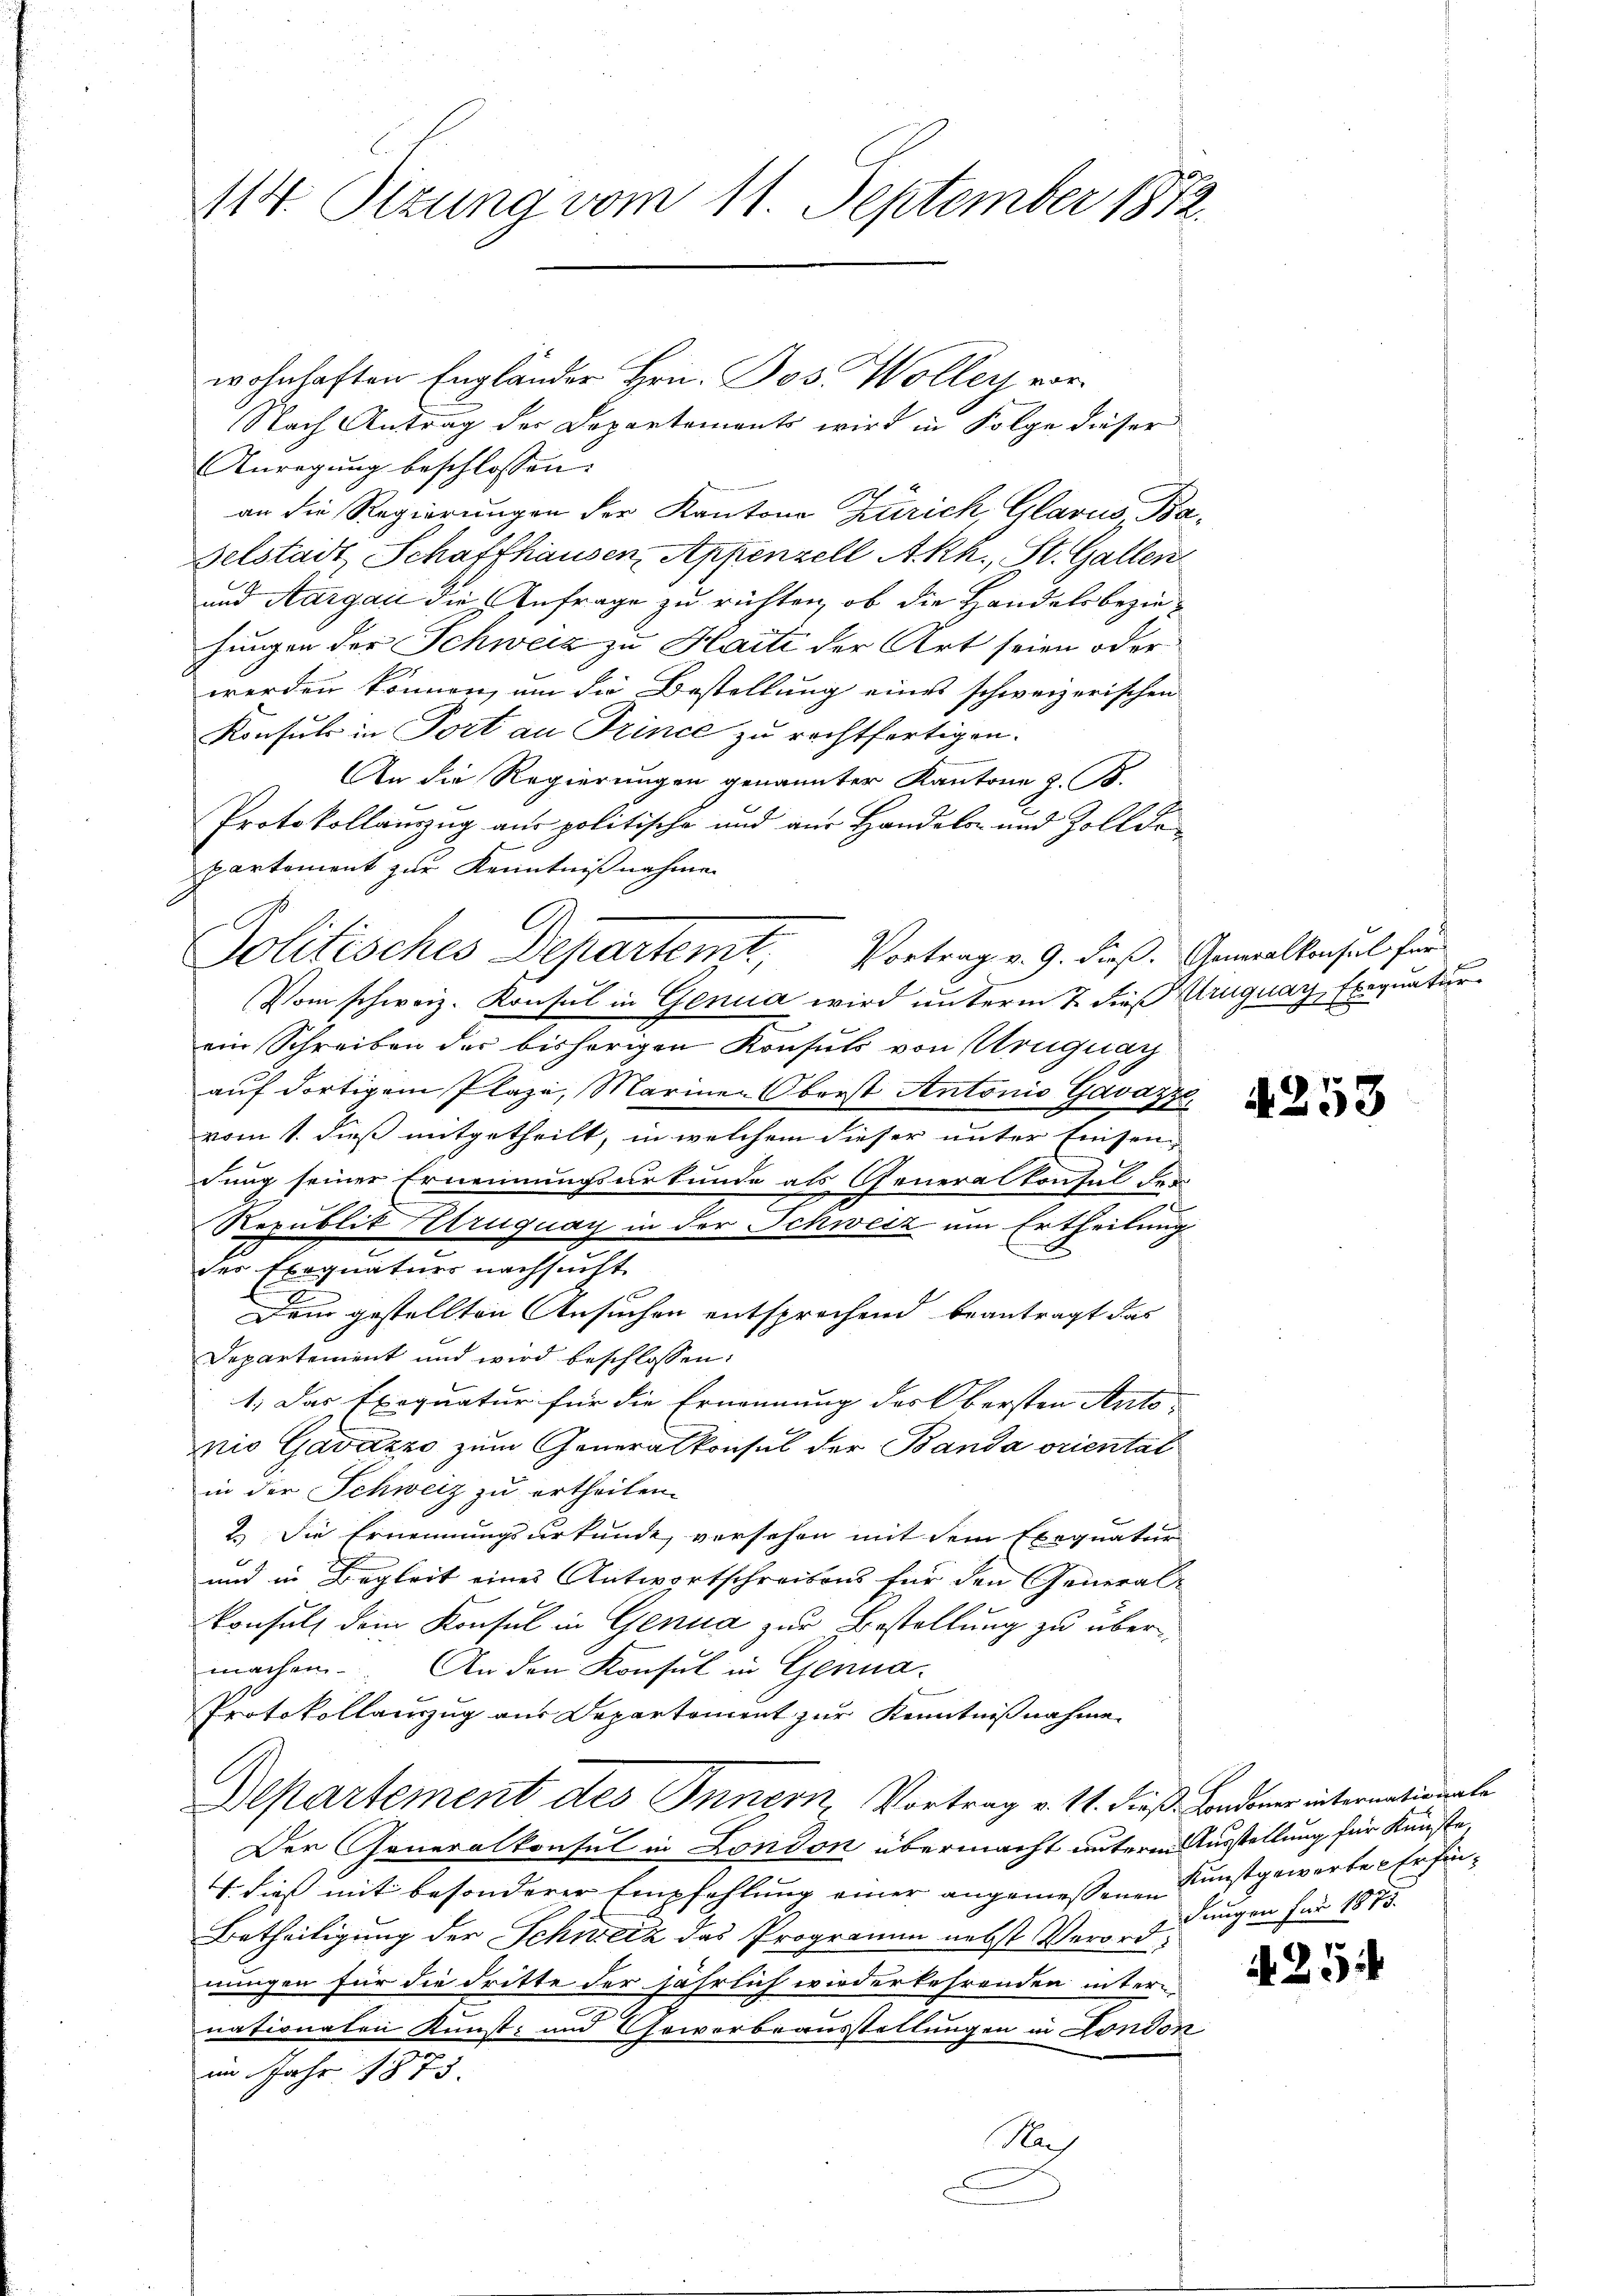
114. Sizung vom 11. September 1872.

wohnhaften Engländer Hrn. Pos. Woller vor
Nach Antrag der Departements wird in Folge dieser
Anregung beschlossen:
an die Regierungen der Kantone Zürich, Glarus, Ba¬
Belstadt Schaffhausen, Appenzell A.Rh., St. Gallen
und Aargaić die Anfrage zu richten, ob die Handels bezie-
hungen der Schweiz zu Haite der Art seien oder
werden können, um die Bestellung eines schweizerischen
Konsuls in Port au Trince zu rechtfertigen.
An die Regierungen genannter Kantone z. B.
Protokollauszug aus politische und aus Handels- und Zolldepartement zur Kenntnißnahme
Vom schweiz. Konsul in Genua wird unterm 7. dieß Uruguay, Exequatur
ein Schreiben der bisherigen Konsuls von Uruguay
auf dortigem Plaze, Marinen Oberst Antonio Gavazze
vom 1. dieß mitgetheilt, in welchem dieser unter Einsendung seiner Ernennungsurkunde als Generalkonsul der
.
Republit Atruguay in der Schweiz um Ertheilung
der Exequaturs nachsucht
Dem gestellten Ansuchen entsprochend beantragt das
Departement und wird beschlossen:
1; Das Exequatur für die Ernennung des Obersten Anto
pio Gavazzo zum Generalkonsul der Banda orientat
in der Schweiz zu ertheilen.
2.) Die Ernennungsurkunde, versehen mit dem Exequatur
und in Begleit eines Antwortschreibens für den General-
Consuls dem Konsul in Genua zur Bestellung zu übermachen. An den Konsul in Genua-
Protokollanzug aus Departement zur Kenntnißnahme
Departement des Innern, Vortrag v. 11. dieß. Londoner internationale
Der Generalkonsul in London übermacht unterm Ausstellung für Künste
T. dies mit besonderer Empfehlung einer angemessene Kunstgewarte Erfin¬
Betheiligung der Schweiz das Programm nebst Verordnungen für die dritte der jährlich wiederkehrenden internationalen Kunst- und Gewerbeausstellungen in London
im Jahr 1873.
Nach

Politisches Departemt, Vortrag v. 9. dieß. Gemallensel für

4253

dungen für 1873.

A 254